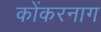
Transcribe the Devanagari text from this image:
कोंकरनाग